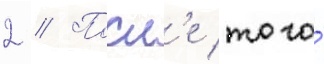
2 // Посл'е того́